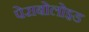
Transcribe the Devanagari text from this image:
पेराबोलोइड